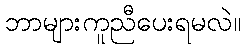
ဘာများကူညီပေးရမလဲ။